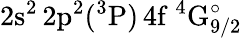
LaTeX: \mathrm{2s^{2}\, 2p^{2}(^{3}P)\, 4f~^{4}G_{9/2}^{\circ}}